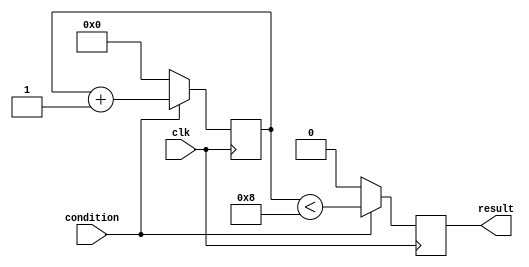
module generate_while_loop (
    input wire condition,
    input wire clk,
    output reg result
);

reg [3:0] counter;

always @ (posedge clk) begin
    if (condition) begin
        counter <= counter + 1;
        result <= counter < 8; // Loop will iterate while counter is less than 8
    end else begin
        result <= 0;
        counter <= 0;
    end
end

endmodule